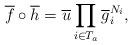
LaTeX: \begin{align*}\overline{f}\circ\overline{h}=\overline{u}\prod_{i\in T_{a}}\overline{g}_{i}^{N_{i}},\end{align*}